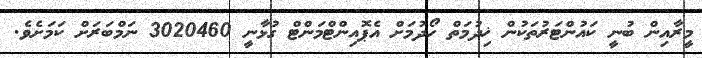
މީރާއިން ބުނީ ކައުންޓަރުތަކުން ޚިދުމަތް ހޯދުމަށް އެޕޮއިންޓްމަންޓް ގުޅާނީ 3020460 ނަމްބަރަށް ކަމަށެވެ.